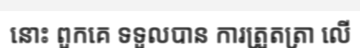
នោះ ពួកគេ ទទួលបាន ការត្រួតត្រា លើ